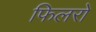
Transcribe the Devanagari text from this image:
फिलरों